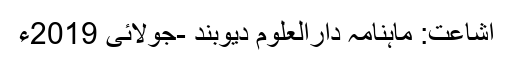
اشاعت: ماہنامہ دارالعلوم دیوبند -جولائی 2019ء